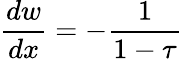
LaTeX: {\frac{dw}{dx}}=-{\frac{1}{1-\tau}}